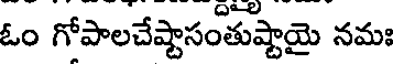
ఓం గోపాలచేష్టాసంతుష్టాయై నమః